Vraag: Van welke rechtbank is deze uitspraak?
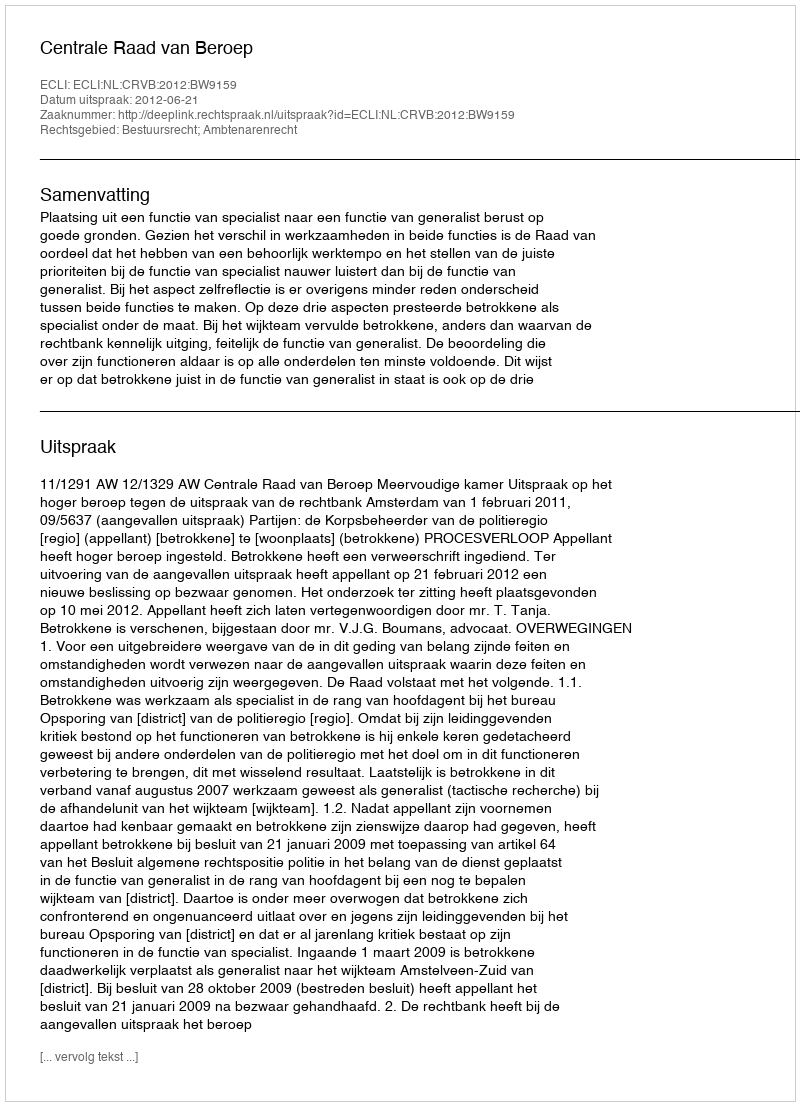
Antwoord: Centrale Raad van Beroep